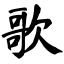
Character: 歌